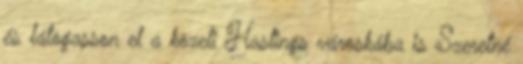
és látogasson el a közeli Hastings városkába is Szeretné